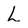
Character: L